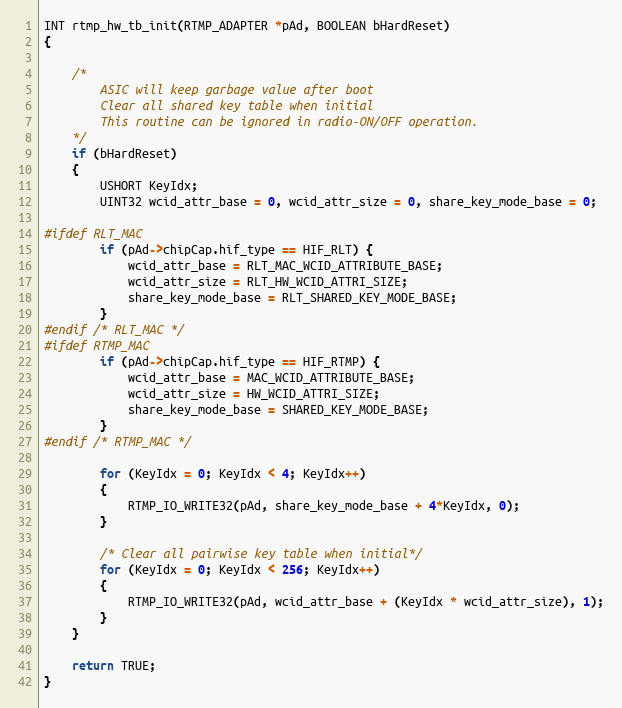
Language: C
INT rtmp_hw_tb_init(RTMP_ADAPTER *pAd, BOOLEAN bHardReset)
{

	/*
		ASIC will keep garbage value after boot
		Clear all shared key table when initial
		This routine can be ignored in radio-ON/OFF operation.
	*/
	if (bHardReset)
	{
		USHORT KeyIdx;
		UINT32 wcid_attr_base = 0, wcid_attr_size = 0, share_key_mode_base = 0;

#ifdef RLT_MAC
		if (pAd->chipCap.hif_type == HIF_RLT) {
			wcid_attr_base = RLT_MAC_WCID_ATTRIBUTE_BASE;
			wcid_attr_size = RLT_HW_WCID_ATTRI_SIZE;
			share_key_mode_base = RLT_SHARED_KEY_MODE_BASE;
		}
#endif /* RLT_MAC */
#ifdef RTMP_MAC
		if (pAd->chipCap.hif_type == HIF_RTMP) {
			wcid_attr_base = MAC_WCID_ATTRIBUTE_BASE;
			wcid_attr_size = HW_WCID_ATTRI_SIZE;
			share_key_mode_base = SHARED_KEY_MODE_BASE;
		}
#endif /* RTMP_MAC */

		for (KeyIdx = 0; KeyIdx < 4; KeyIdx++)
		{
			RTMP_IO_WRITE32(pAd, share_key_mode_base + 4*KeyIdx, 0);
		}

		/* Clear all pairwise key table when initial*/
		for (KeyIdx = 0; KeyIdx < 256; KeyIdx++)
		{
			RTMP_IO_WRITE32(pAd, wcid_attr_base + (KeyIdx * wcid_attr_size), 1);
		}
	}

	return TRUE;
}